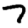
Digit: 7